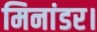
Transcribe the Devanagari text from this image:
मिनांडर।